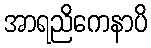
အာရညိကေနာပိ